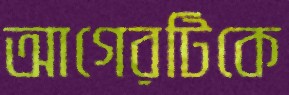
আগেরটিকে